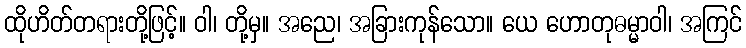
ထိုဟိတ်တရားတို့ဖြင့်။ ဝါ၊ တို့မှ။ အညေ၊ အခြားကုန်သော။ ယေ ဟောတုဓမ္မာဝါ၊ အကြင်